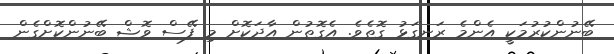
ބޭނުންކުރުމަކީ އެންމެ ރަނގަޅު ގޮތެވެ. އެގޮތުން އާދަކޮށް މި ފޭސް ވޮޝް ބޭނުންކޮށްގެން